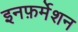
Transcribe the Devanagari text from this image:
इनफ़र्मेशन